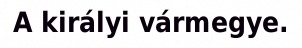
A királyi vármegye.